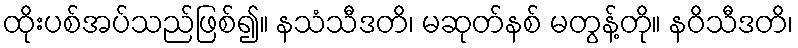
ထိုးပစ်အပ်သည်ဖြစ်၍။ နသံသီဒတိ၊ မဆုတ်နစ် မတွန့်တို။ နဝိသီဒတိ၊